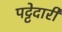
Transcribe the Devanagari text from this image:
पट्टेदारी